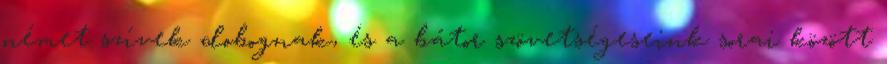
német szívek dobognak, és a bátor szövetségeseink sorai között